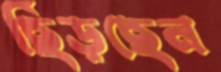
ছিঁড়ছেন